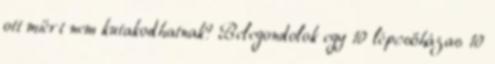
ott miért nem kutakodhatnak? Belegondolok egy 10 lépcsőházas 10